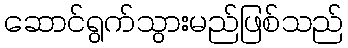
ဆောင်ရွက်သွားမည်ဖြစ်သည်